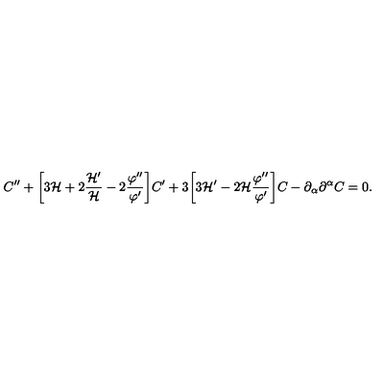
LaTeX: C ^ { \prime \prime } + \biggl [ 3 { \cal H } + 2 \frac { { \cal H } ^ { \prime } } { \cal H } - 2 \frac { \varphi ^ { \prime \prime } } { \varphi ^ { \prime } } \biggr ] C ^ { \prime } + 3 \biggl [ 3 { \cal H } ^ { \prime } - 2 { \cal H } \frac { \varphi ^ { \prime \prime } } { \varphi ^ { \prime } } \biggr ] C - \partial _ { \alpha } \partial ^ { \alpha } C = 0 .